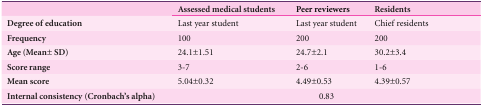
|  | Assessed medical students | Peer reviewers | Residents |
 | --- | --- | --- | --- |
 | Degree of education | Last year Student | Last year Student | Chief residents |
 | Frequency | 100 | 200 | 200 |
 | Age (Mean± SD) | 24.1± 1.51 | 24.7±2.1 | 30.2±3.4 |
 | Score range | 3-7 | 2-6 | 1-6 |
 | Mean score | 5.04±0.32 | 4.49±0.53 | 4.39±0.57 |
 | Internal consistency (Cronbach’s alpha) | <COLSPAN=3> 0.83 |